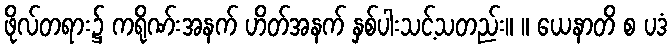
ဖိုလ်တရား၌ ကရိုဏ်းအနက် ဟိတ်အနက် နှစ်ပါးသင့်သတည်း။ ။ ယေနာတိ စ ပဒံ